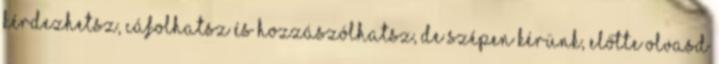
kérdezhetsz, cáfolhatsz és hozzászólhatsz, de szépen kérünk, előtte olvasd